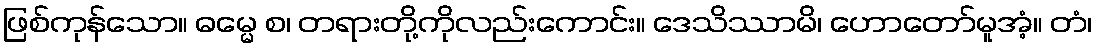
ဖြစ်ကုန်သော။ ဓမ္မေ စ၊ တရားတို့ကိုလည်းကောင်း။ ဒေသိဿာမိ၊ ဟောတော်မူအံ့။ တံ၊